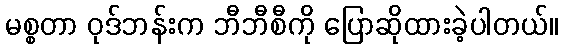
မစ္စတာ ဝုဒ်ဘန်းက ဘီဘီစီကို ပြောဆိုထားခဲ့ပါတယ်။